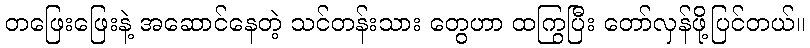
တဖြေးဖြေးနဲ့ အဆောင်နေတဲ့ သင်တန်းသား တွေဟာ ထကြွပြီး တော်လှန်ဖို့ပြင်တယ်။